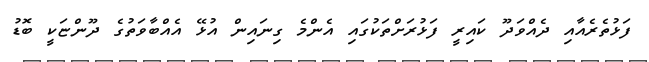
ފަޅުތެރެއާއި ދެއްވަދޫ ކައިރީ ފަޅުރަށްތަކުގައި އެންމެ ގިނައިން އުޅޭ އެއްބާވަތުގެ ދޫންޏަކީ ބޮޑު